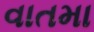
વાતમા